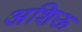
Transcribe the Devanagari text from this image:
अशिऊ